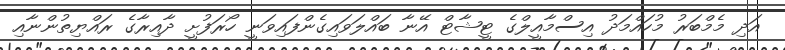
އަދި މެމްބަރު މުހައްމަދު އިސްމާއީލްގެ ޓީޝާޓް އޭނާ ބައްލަވައިގެންފައިވަނީ ހޯރަފުށީ ދާއިރާގެ ރައްޔިތުންނާއި